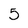
Character: 5